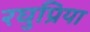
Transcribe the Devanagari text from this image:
रघुप्रिया